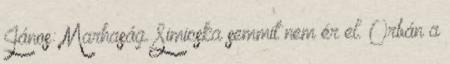
János: Marhaság. Simicska semmit nem ér el. Orbán a